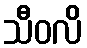
သီဝလိ